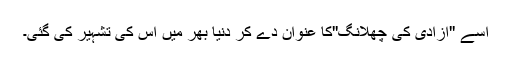
اسے ''آزادی کی چھلانگ''کا عنوان دے کر دنیا بھر میں اس کی تشہیر کی گئی۔